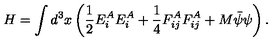
H = \int d ^ { 3 } x \left( \frac { 1 } { 2 } E _ { i } ^ { A } E _ { i } ^ { A } + \frac { 1 } { 4 } F _ { i j } ^ { A } F _ { i j } ^ { A } + M \bar { \psi } \psi \right) .